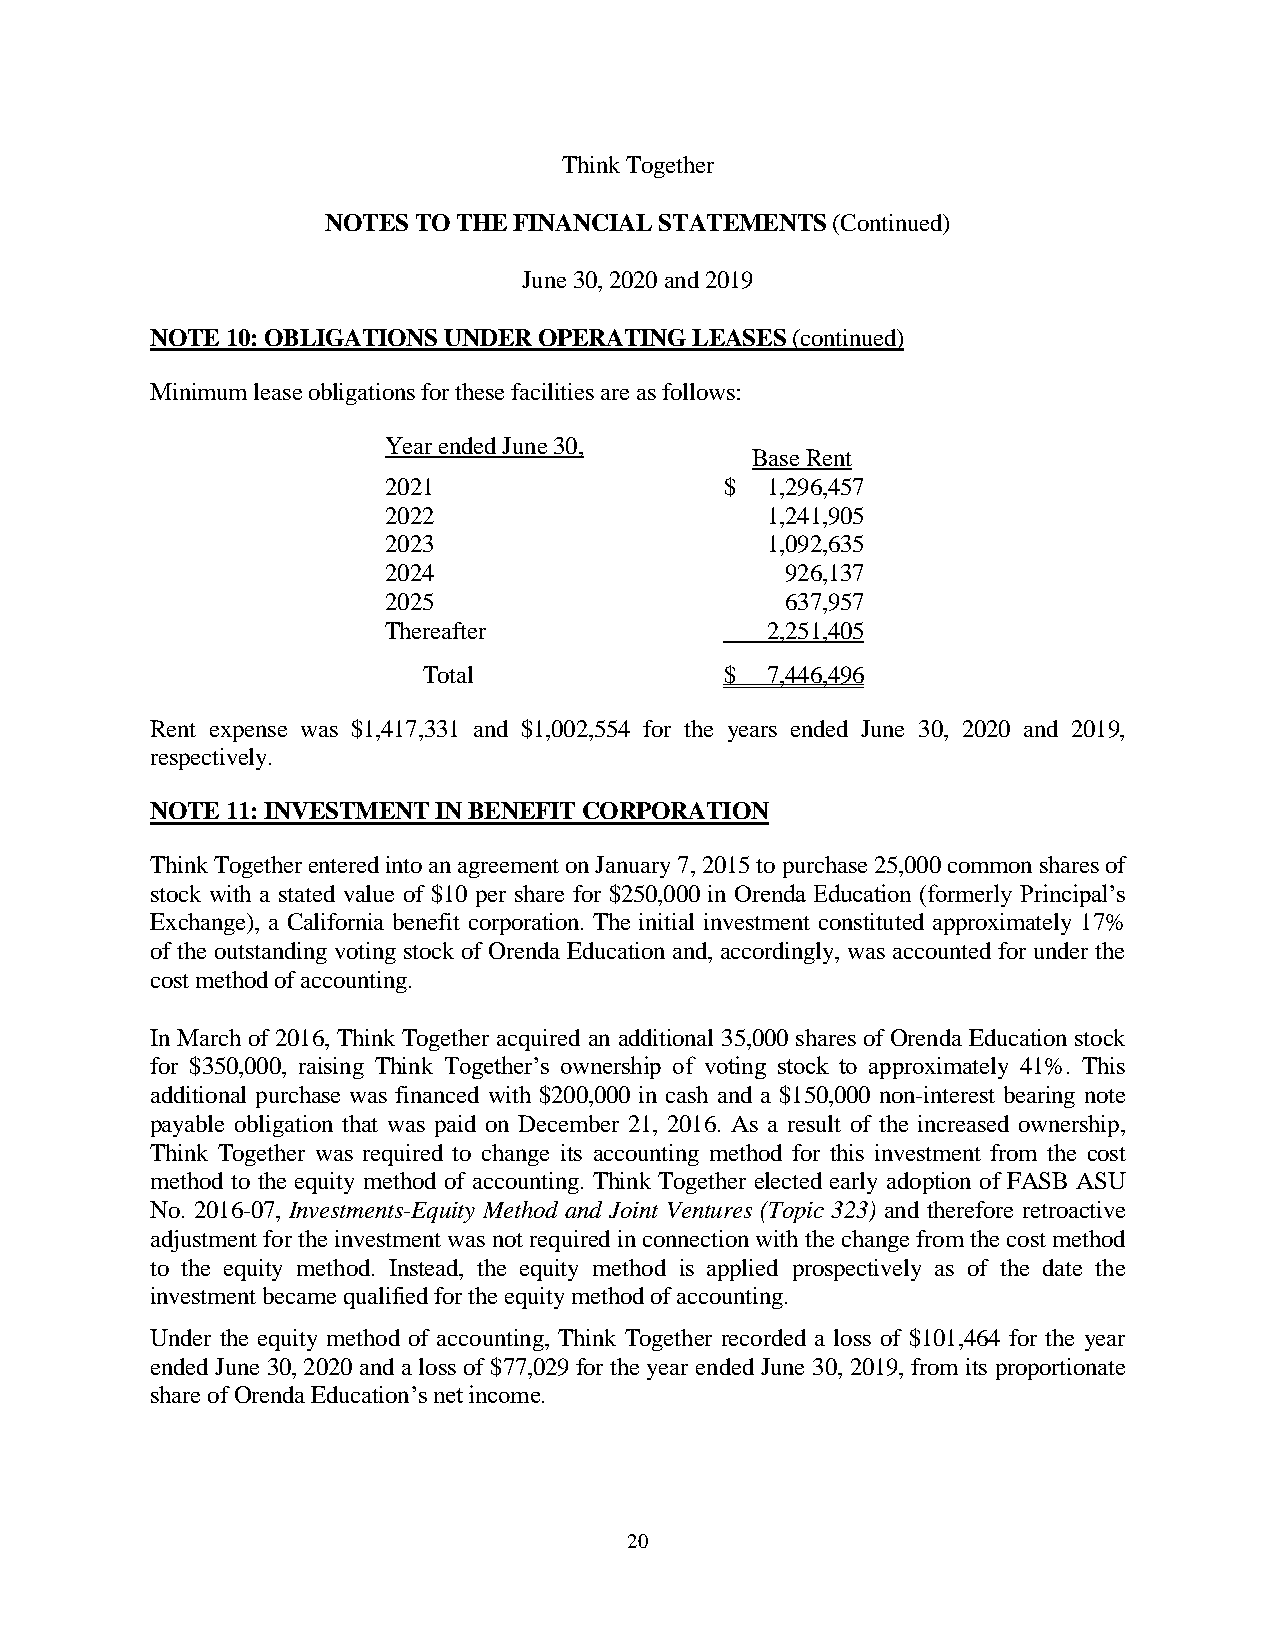
Think Together
 NOTES TO THE FINANCIAL STATEMENTS (Continued)
 June 30, 2020 and 2019
 NOTE 10: OBLIGATIONS UNDER OPERATING LEASES (continued)
 Minimum lease obligations for these facilities are as follows:
 Year ended June 30,
 Base Rent
 2021                   $  1,296,457
 2022                      1,241,905
 2023                      1,092,635
 2024                       926,137
 2025                       637,957
 Thereafter                2,251,405
 Total               $  7,446,496
 Rent expense was $1,417,331 and $1,002,554 for the years ended June 30, 2020 and 2019,
 respectively.
 NOTE 11: INVESTMENT IN BENEFIT CORPORATION
 Think Together entered into an agreement on January 7, 2015 to purchase 25,000 common shares of
 stock with a stated value of $10 per share for $250,000 in Orenda Education (formerly Principal’s
 Exchange), a California benefit corporation. The initial investment constituted approximately 17%
 of the outstanding voting stock of Orenda Education and, accordingly, was accounted for under the
 cost method of accounting.
 In March of 2016, Think Together acquired an additional 35,000 shares of Orenda Education stock
 for $350,000, raising Think Together’s ownership of voting stock to approximately 41%. This
 additional purchase was financed with $200,000 in cash and a $150,000 non-interest bearing note
 payable obligation that was paid on December 21, 2016. As a result of the increased ownership,
 Think Together was required to change its accounting method for this investment from the cost
 method to the equity method of accounting. Think Together elected early adoption of FASB ASU
 No. 2016-07, Investments-Equity Method and Joint Ventures (Topic 323) and therefore retroactive
 adjustment for the investment was not required in connection with the change from the cost method
 to the equity method. Instead, the equity method is applied prospectively as of the date the
 investment became qualified for the equity method of accounting.
 Under the equity method of accounting, Think Together recorded a loss of $101,464 for the year
 ended June 30, 2020 and a loss of $77,029 for the year ended June 30, 2019, from its proportionate
 share of Orenda Education’s net income.
 20